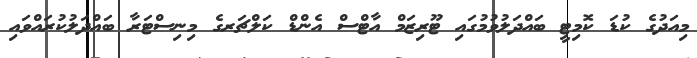
މިއަދުގެ ކުޑަ ކޮމިޓީ ބައްދަލުވުމުގައި ޓޫރިޒަމް އާޓްސް އެންޑް ކަލްޗަރގެ މިނިސްޓަރާ ބައްދަލުކުރައްވައި